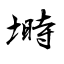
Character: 塒